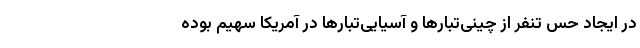
در ایجاد حس تنفر از چینی‌تبارها و آسیایی‌تبارها در آمریکا سهیم بوده